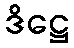
ဒိဋ္ဌေ